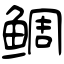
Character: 鲷